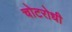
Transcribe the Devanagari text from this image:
चोटरोधी